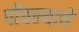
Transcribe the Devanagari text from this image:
पोंचल्याचें